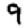
Digit: 9